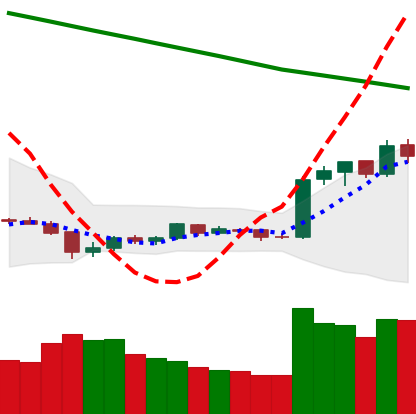
Ticker: EOS-USD
Chart end date: 2019-02-13
Forward return: 20.62%
Label: up_7plus